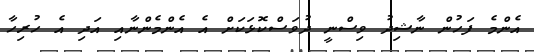
އެންމެ ފަހުން ނާޝިދު ވިސްނީ ދުވަސްކޮޅަކަށް އެ އެންމެންނާއި އަދި އެ ހުރިހާ